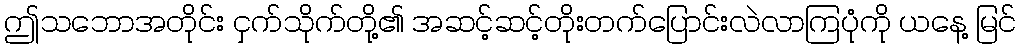
ဤသဘောအတိုင်း ငှက်သိုက်တို့၏ အဆင့်ဆင့်တိုးတက်ပြောင်းလဲလာကြပုံကို ယနေ့ မြင်